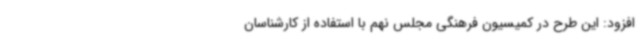
افزود: این طرح در کمیسیون فرهنگی مجلس نهم با استفاده از کارشناسان